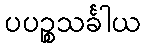
ပပဉ္စသင်္ခါယ